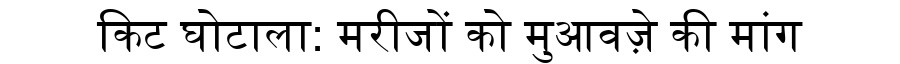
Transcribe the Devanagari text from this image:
किट घोटाला: मरीजों को मुआवज़े की मांग